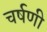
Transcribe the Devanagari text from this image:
चर्षणी